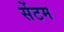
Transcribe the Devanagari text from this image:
सेंटम